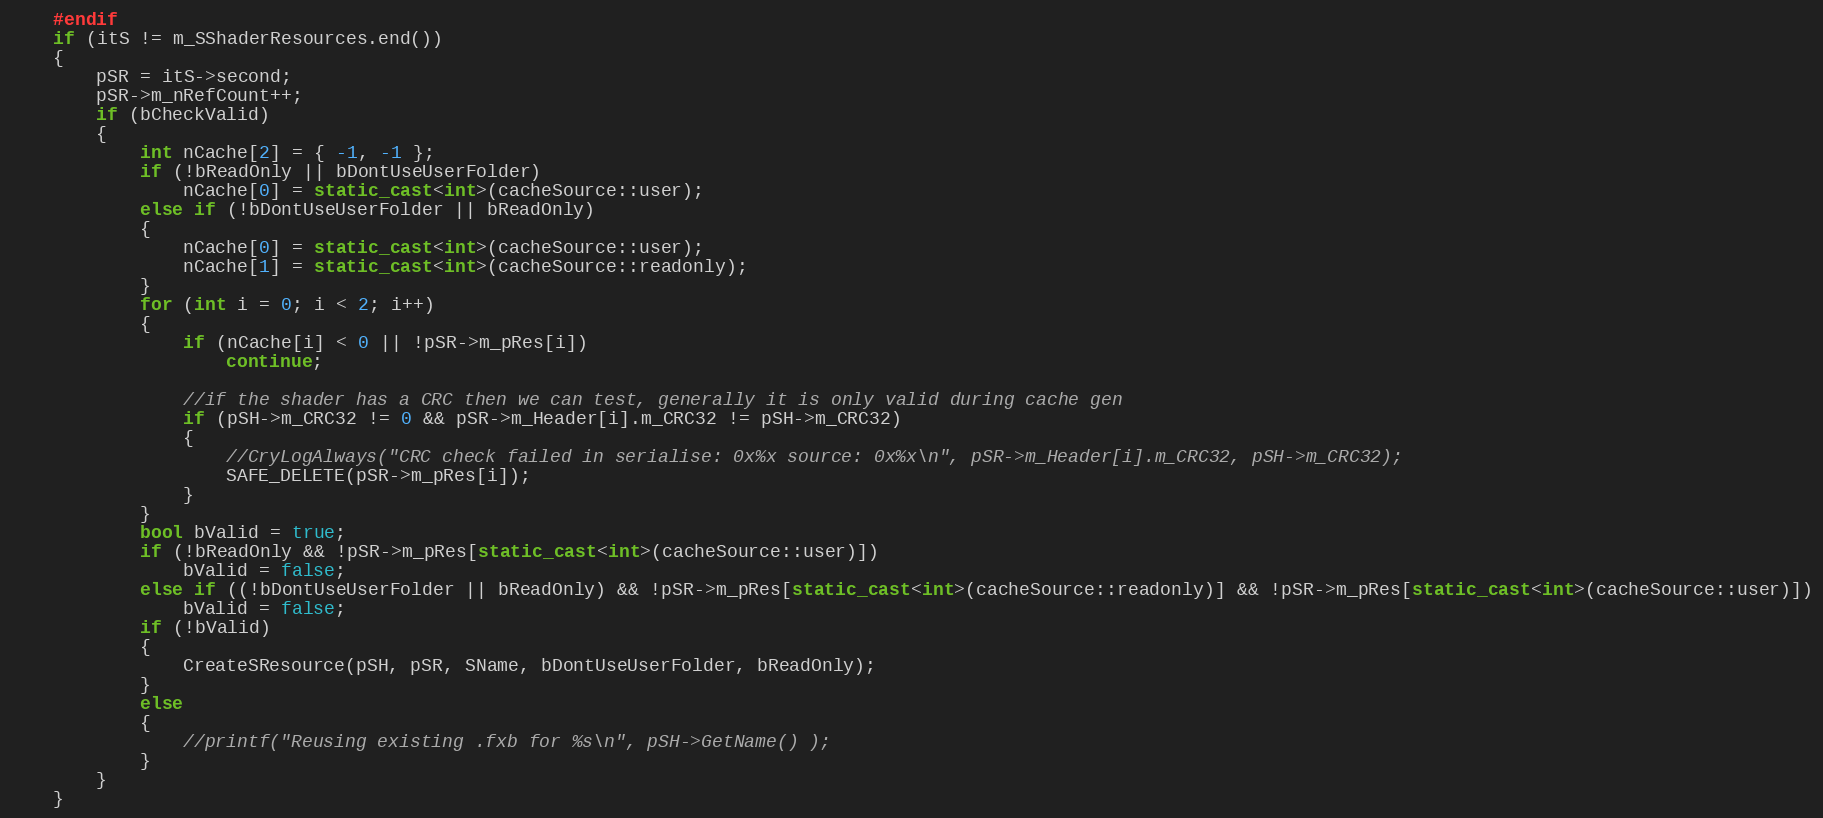
Language: C++
	#endif
	if (itS != m_SShaderResources.end())
	{
		pSR = itS->second;
		pSR->m_nRefCount++;
		if (bCheckValid)
		{
			int nCache[2] = { -1, -1 };
			if (!bReadOnly || bDontUseUserFolder)
				nCache[0] = static_cast<int>(cacheSource::user);
			else if (!bDontUseUserFolder || bReadOnly)
			{
				nCache[0] = static_cast<int>(cacheSource::user);
				nCache[1] = static_cast<int>(cacheSource::readonly);
			}
			for (int i = 0; i < 2; i++)
			{
				if (nCache[i] < 0 || !pSR->m_pRes[i])
					continue;

				//if the shader has a CRC then we can test, generally it is only valid during cache gen
				if (pSH->m_CRC32 != 0 && pSR->m_Header[i].m_CRC32 != pSH->m_CRC32)
				{
					//CryLogAlways("CRC check failed in serialise: 0x%x source: 0x%x\n", pSR->m_Header[i].m_CRC32, pSH->m_CRC32);
					SAFE_DELETE(pSR->m_pRes[i]);
				}
			}
			bool bValid = true;
			if (!bReadOnly && !pSR->m_pRes[static_cast<int>(cacheSource::user)])
				bValid = false;
			else if ((!bDontUseUserFolder || bReadOnly) && !pSR->m_pRes[static_cast<int>(cacheSource::readonly)] && !pSR->m_pRes[static_cast<int>(cacheSource::user)])
				bValid = false;
			if (!bValid)
			{
				CreateSResource(pSH, pSR, SName, bDontUseUserFolder, bReadOnly);
			}
			else
			{
				//printf("Reusing existing .fxb for %s\n", pSH->GetName() );
			}
		}
	}